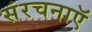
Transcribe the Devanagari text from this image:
संरचनाऍ